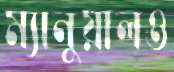
ম্যানুয়ালও